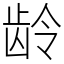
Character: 龄